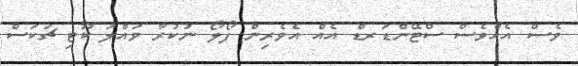
ވެސް އެއްވެސް ސްޓޭންޑަރޑް އެއް އެވެރިން ފޯލޯ ނުކުރާ ވައްލަ ކޫޓި ޗަކަސް